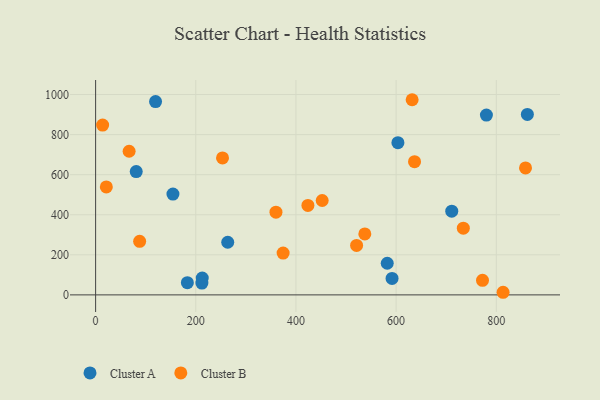
{"axis": {"x": "Investment", "y": "Yield"}, "legend": ["Cluster A", "Cluster B"], "data": [{"x": "154.4", "y": 503.4, "type": "Cluster A"}, {"x": "119.7", "y": 965.2, "type": "Cluster A"}, {"x": "603.6", "y": 759.9, "type": "Cluster A"}, {"x": "212.9", "y": 84.3, "type": "Cluster A"}, {"x": "591.9", "y": 82.0, "type": "Cluster A"}, {"x": "862.1", "y": 900.6, "type": "Cluster A"}, {"x": "582.3", "y": 157.8, "type": "Cluster A"}, {"x": "183.2", "y": 61.1, "type": "Cluster A"}, {"x": "711.1", "y": 417.8, "type": "Cluster A"}, {"x": "780.3", "y": 897.5, "type": "Cluster A"}, {"x": "81.1", "y": 615.5, "type": "Cluster A"}, {"x": "263.8", "y": 262.7, "type": "Cluster A"}, {"x": "212.2", "y": 58.7, "type": "Cluster A"}, {"x": "772.5", "y": 72.8, "type": "Cluster B"}, {"x": "452.4", "y": 471.1, "type": "Cluster B"}, {"x": "87.9", "y": 267.5, "type": "Cluster B"}, {"x": "360.1", "y": 412.8, "type": "Cluster B"}, {"x": "423.9", "y": 446.8, "type": "Cluster B"}, {"x": "813.6", "y": 13.0, "type": "Cluster B"}, {"x": "858.4", "y": 633.8, "type": "Cluster B"}, {"x": "734.2", "y": 332.9, "type": "Cluster B"}, {"x": "374.4", "y": 208.6, "type": "Cluster B"}, {"x": "253.4", "y": 683.8, "type": "Cluster B"}, {"x": "521.1", "y": 247.0, "type": "Cluster B"}, {"x": "66.9", "y": 716.9, "type": "Cluster B"}, {"x": "537.5", "y": 304.1, "type": "Cluster B"}, {"x": "636.8", "y": 664.9, "type": "Cluster B"}, {"x": "632.0", "y": 974.2, "type": "Cluster B"}, {"x": "14.0", "y": 847.5, "type": "Cluster B"}, {"x": "21.4", "y": 539.1, "type": "Cluster B"}]}